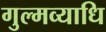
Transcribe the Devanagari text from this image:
गुल्मव्याधि